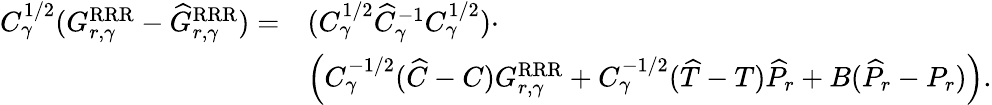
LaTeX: \begin{array}{rl}{C_{\gamma}^{1/2}(G_{r,\gamma}^{\mathrm{RRR}}-\widehat{G}_{r,\gamma}^{\mathrm{RRR}})=}&{(C_{\gamma}^{1/2}\widehat{C}_{\gamma}^{-1}C_{\gamma}^{1/2})\cdot}\\ &{\left(C_{\gamma}^{-1/2}(\widehat{C}-C)G_{r,\gamma}^{\mathrm{RRR}}+C_{\gamma}^{-1/2}(\widehat{T}-T)\widehat{P}_{r}+B(\widehat{P}_{r}-P_{r})\right).}\end{array}